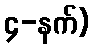
၄-နက်)